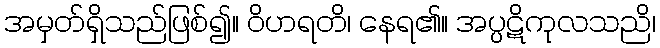
အမှတ်ရှိသည်ဖြစ်၍။ ဝိဟရတိ၊ နေရ၏။ အပ္ပဋိကုလသညိ၊